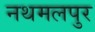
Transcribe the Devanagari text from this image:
नथमलपुर